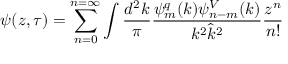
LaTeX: \psi ( z , \tau ) = \sum _ { n = 0 } ^ { n = \infty } \int \frac { d ^ { 2 } k } { \pi } \frac { \psi _ { m } ^ { q } ( k ) \psi _ { n - m } ^ { V } ( k ) } { k ^ { 2 } \hat { k } ^ { 2 } } \frac { z ^ { n } } { n ! }